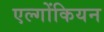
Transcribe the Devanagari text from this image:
एल्गोंकियन